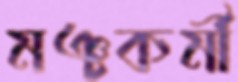
মঞ্চকর্মী